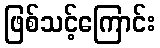
ဖြစ်သင့်ကြောင်း